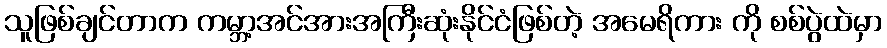
သူဖြစ်ချင်တာက ကမ္ဘာ့အင်အားအကြီးဆုံးနိုင်ငံဖြစ်တဲ့ အမေရိကား ကို စစ်ပွဲထဲမှာ